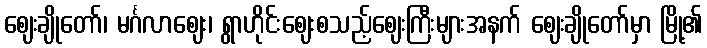
ဈေးချိုတော်၊ မင်္ဂလာဈေး၊ ရွာဟိုင်းဈေးစသည့်ဈေးကြီးများအနက် ဈေးချိုတော်မှာ မြို့၏